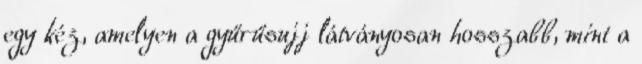
egy kéz, amelyen a gyűrűsujj látványosan hosszabb, mint a